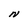
Character: N